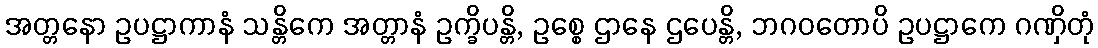
အတ္တနော ဥပဋ္ဌာကာနံ သန္တိကေ အတ္တာနံ ဥက္ခိပန္တိ, ဥစ္စေ ဌာနေ ဌပေန္တိ, ဘဂဝတောပိ ဥပဋ္ဌာကေ ဂဏှိတုံ